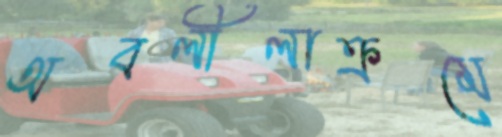
অবলীলাক্রমে